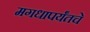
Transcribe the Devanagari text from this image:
मगधापर्यंतचे